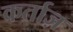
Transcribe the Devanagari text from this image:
कर्ताज़